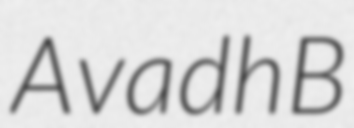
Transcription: Avadh B